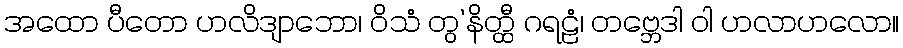
အထော ပီတော ဟလိဒျာဘော၊ ဝိသံ တွ’နိတ္ထီ ဂရဠံ၊ တဗ္ဘေဒါ ဝါ ဟလာဟလော။